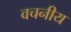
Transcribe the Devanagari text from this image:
वचनीय